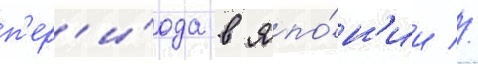
п'ер'и́ода в япо́н'ии //